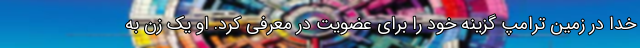
خدا در زمین ترامپ گزینه خود را برای عضویت در معرفی کرد. او یک زن به